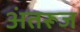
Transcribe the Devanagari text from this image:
अंतरूज